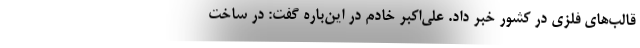
قالب‌های فلزی در کشور خبر داد. علی‌اکبر خادم در این‌باره گفت: در ساخت